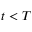
t < T